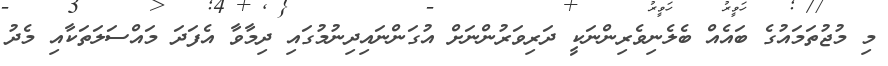
މި މުޖުތަމައުގެ ބައެއް ބެލެނިވެރިންނަކީ ދަރިވަރުންނަށް އުގަންނައިދިނުމުގައި ދިމާވާ އެފަދަ މައްސަލަތަކާއި މެދު